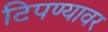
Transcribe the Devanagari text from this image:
टिपण्यावर